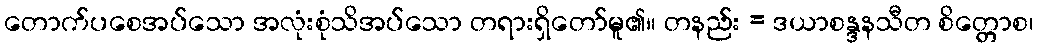
တောက်ပစေအပ်သော အလုံးစုံသိအပ်သော တရားရှိတော်မူ၏။ တနည်း = ဒယာစန္ဒနသီတ စိတ္တောစ၊